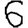
Digit: 6